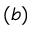
( b )